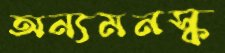
অন্যমনস্ক